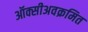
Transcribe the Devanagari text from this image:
ऑक्सीअवक्रमित